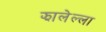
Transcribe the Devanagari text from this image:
झालेल्ला